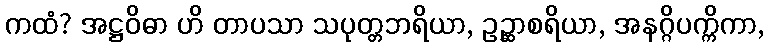
ကထံ? အဋ္ဌဝိဓာ ဟိ တာပသာ သပုတ္တဘရိယာ, ဥဉ္ဆာစရိယာ, အနဂ္ဂိပက္ကိကာ,